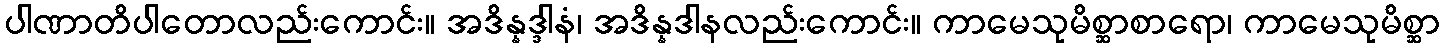
ပါဏာတိပါတောလည်းကောင်း။ အဒိန္နဒ္ဒါနံ၊ အဒိန္နဒါနလည်းကောင်း။ ကာမေသုမိစ္ဆာစာရော၊ ကာမေသုမိစ္ဆာ